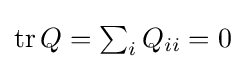
{\textstyle \operatorname {tr} Q=\sum _{i}Q_{ii}=0}